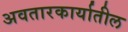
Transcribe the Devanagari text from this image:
अवतारकार्यातील